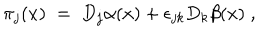
\pi _ { j } ( x ) \; = \; D _ { j } \alpha ( x ) + \epsilon _ { j k } D _ { k } \beta ( x ) \; ,